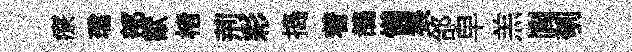
療璫部獸楮荊彩搗着鴿懶猥郃皁羔閭刳